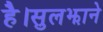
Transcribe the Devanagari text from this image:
है।सुलझाने